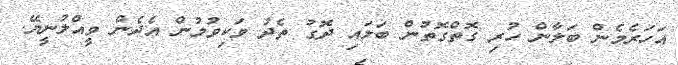
އަހަރެމެން ބަލާން ހުރި ގޮތްގޮތުން ބަލައި ދޮގު ތެދު ވަކިވުމުން އެދެން ވީއްލުނީޔޭ.